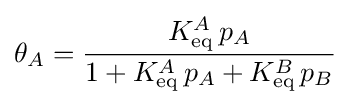
\theta _{A}={\frac {K_{\text{eq}}^{A}\,p_{A}}{1+K_{\text{eq}}^{A}\,p_{A}+K_{\text{eq}}^{B}\,p_{B}}}